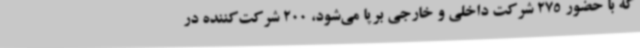
که با حضور 275 شرکت داخلی و خارجی برپا می‌شود، 200 شرکت‌کننده در